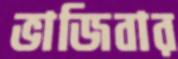
ভাজিবার